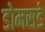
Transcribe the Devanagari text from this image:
डोमसडे